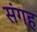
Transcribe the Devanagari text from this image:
संगह